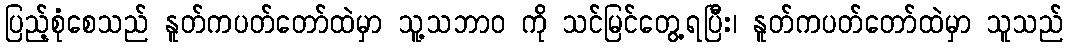
ပြည့်စုံစေသည် နူတ်ကပတ်တော်ထဲမှာ သူ့သဘာဝ ကို သင်မြင်တွေ့ရပြီး၊ နူတ်ကပတ်တော်ထဲမှာ သူသည်